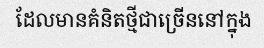
ដែលមានគំនិតថ្មីជាច្រើននៅក្នុង